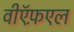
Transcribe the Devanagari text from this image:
वीऍफ़एल